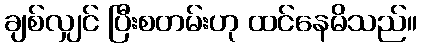
ချစ်လျှင် ပြီးစတမ်းဟု ထင်နေမိသည်။